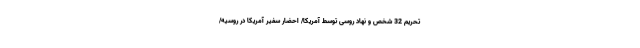
تحریم 32 شخص و نهاد روسی توسط آمریکا/ احضار سفیر آمریکا در روسیه/